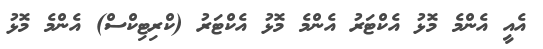
އެއީ އެންމެ މޮޅު އެކްޓަރު އެންމެ މޮޅު އެކްޓަރު (ކްރިޓިކްސް) އެންމެ މޮޅު